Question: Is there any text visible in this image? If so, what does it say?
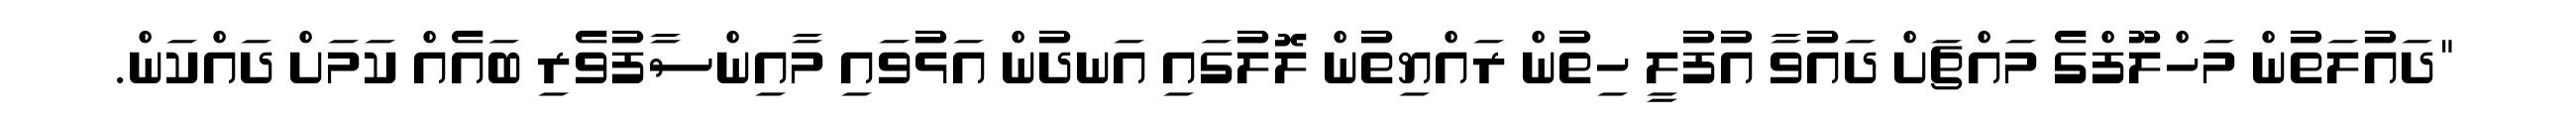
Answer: "ދައުލަތުން މަހްލޫފްގެ މައްޗަށް ދައުވާ އުފުލީ ހިތުން ރައްޔިތުން ލޮލުގައި އަނދުން އަޅުވައި މާއިންސާފުވެރި ބައެއް ކަމަށް ދައްކަން.